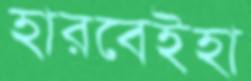
হারবেইহা